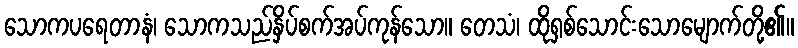
သောကပရေတာနံ၊ သောကသည်နှိပ်စက်အပ်ကုန်သော။ တေသံ၊ ထိုရှစ်သောင်းသောမျောက်တို့၏။